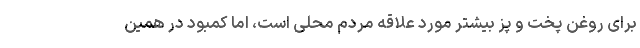
برای روغن پخت و پز بیشتر مورد علاقه مردم محلی است، اما کمبود در همین